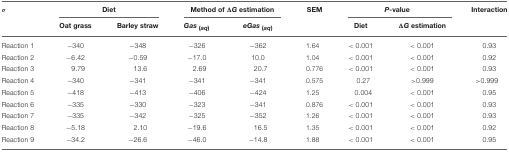
| σ | <COLSPAN=2> Diet | <COLSPAN=2> Method of ΔG estimation | SEM | <COLSPAN=2> P-value | Interaction |
 |  | Oat grass | Barley straw | Gas(aq) | eGas(aq) |  | Diet | ΔG estimation |  |
 | --- | --- | --- | --- | --- | --- | --- | --- | --- |
 | Reaction 1 | −340 | −348 | −326 | −362 | 1.64 | < 0.001 | < 0.001 | 0.93 |
 | Reaction 2 | −6.42 | −0.59 | −17.0 | 10.0 | 1.04 | < 0.001 | < 0.001 | 0.92 |
 | Reaction 3 | 9.79 | 13.6 | 2.69 | 20.7 | 0.776 | < 0.001 | < 0.001 | 0.93 |
 | Reaction 4 | −340 | −341 | −341 | −341 | 0.575 | 0.27 | >0.999 | >0.999 |
 | Reaction 5 | −418 | −413 | −406 | −424 | 1.25 | 0.004 | < 0.001 | 0.95 |
 | Reaction 6 | −335 | −330 | −323 | −341 | 0.876 | < 0.001 | < 0.001 | 0.93 |
 | Reaction 7 | −335 | −342 | −325 | −352 | 1.26 | < 0.001 | < 0.001 | 0.93 |
 | Reaction 8 | −5.18 | 2.10 | −19.6 | 16.5 | 1.35 | < 0.001 | < 0.001 | 0.92 |
 | Reaction 9 | −34.2 | −26.6 | −46.0 | −14.8 | 1.88 | < 0.001 | < 0.001 | 0.95 |